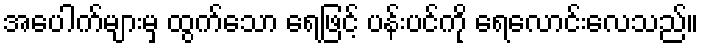
အပေါက်များမှ ထွက်သော ရေဖြင့် ပန်းပင်ကို ရေလောင်းလေသည်။